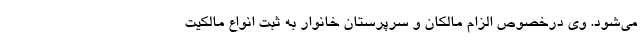
می‌شود. وی درخصوص الزام مالکان و سرپرستان خانوار به ثبت انواع مالکیت